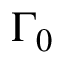
\Gamma _ { 0 }